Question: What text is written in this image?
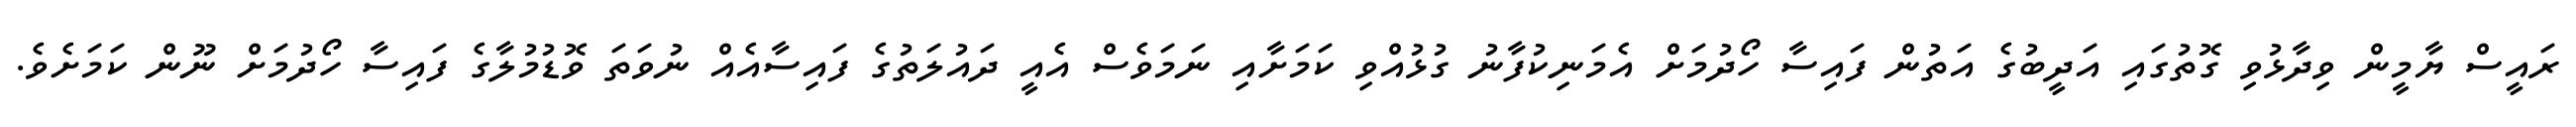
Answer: ރައީސް ޔާމީން ވިދާޅުވި ގޮތުގައި އަދީބުގެ އަތުން ފައިސާ ހޯދުމަށް އެމަނިކުފާނު ގުޅުއްވި ކަމަށާއި ނަމަވެސް އެއީ ދައުލަތުގެ ފައިސާއެއް ނުވަތަ ވޮޑުމުލާގެ ފައިސާ ހޯދުމަށް ނޫން ކަމަށެވެ.